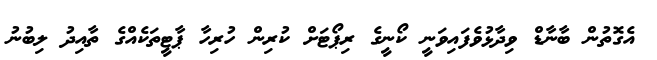
އެގޮތުން ބާނާޑް ވިދާޅުވެފައިވަނީ ކޯނީގެ ރިޕޯޓަށް ކުރިން ހުރިހާ ޕާޓީތަކެއްގެ ތާއިދު ލިބުނު